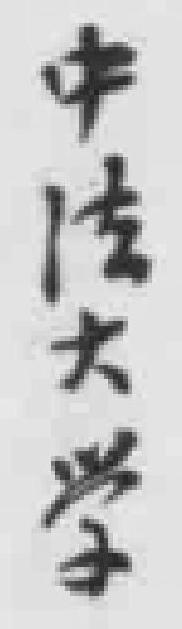
中法大學